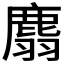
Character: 𪊮